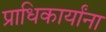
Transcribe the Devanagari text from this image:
प्राधिकार्यांना